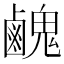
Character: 䴜